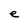
Character: e